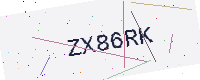
Text: ZX86RK